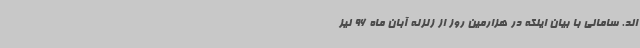
اند. سامانی با بیان اینکه در هزارمین روز از زلزله آبان ماه 96 نیز